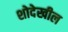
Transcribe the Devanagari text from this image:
शोदेखील